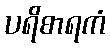
ပရိစာရကံ